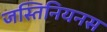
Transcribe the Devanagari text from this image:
जस्तिनियनस